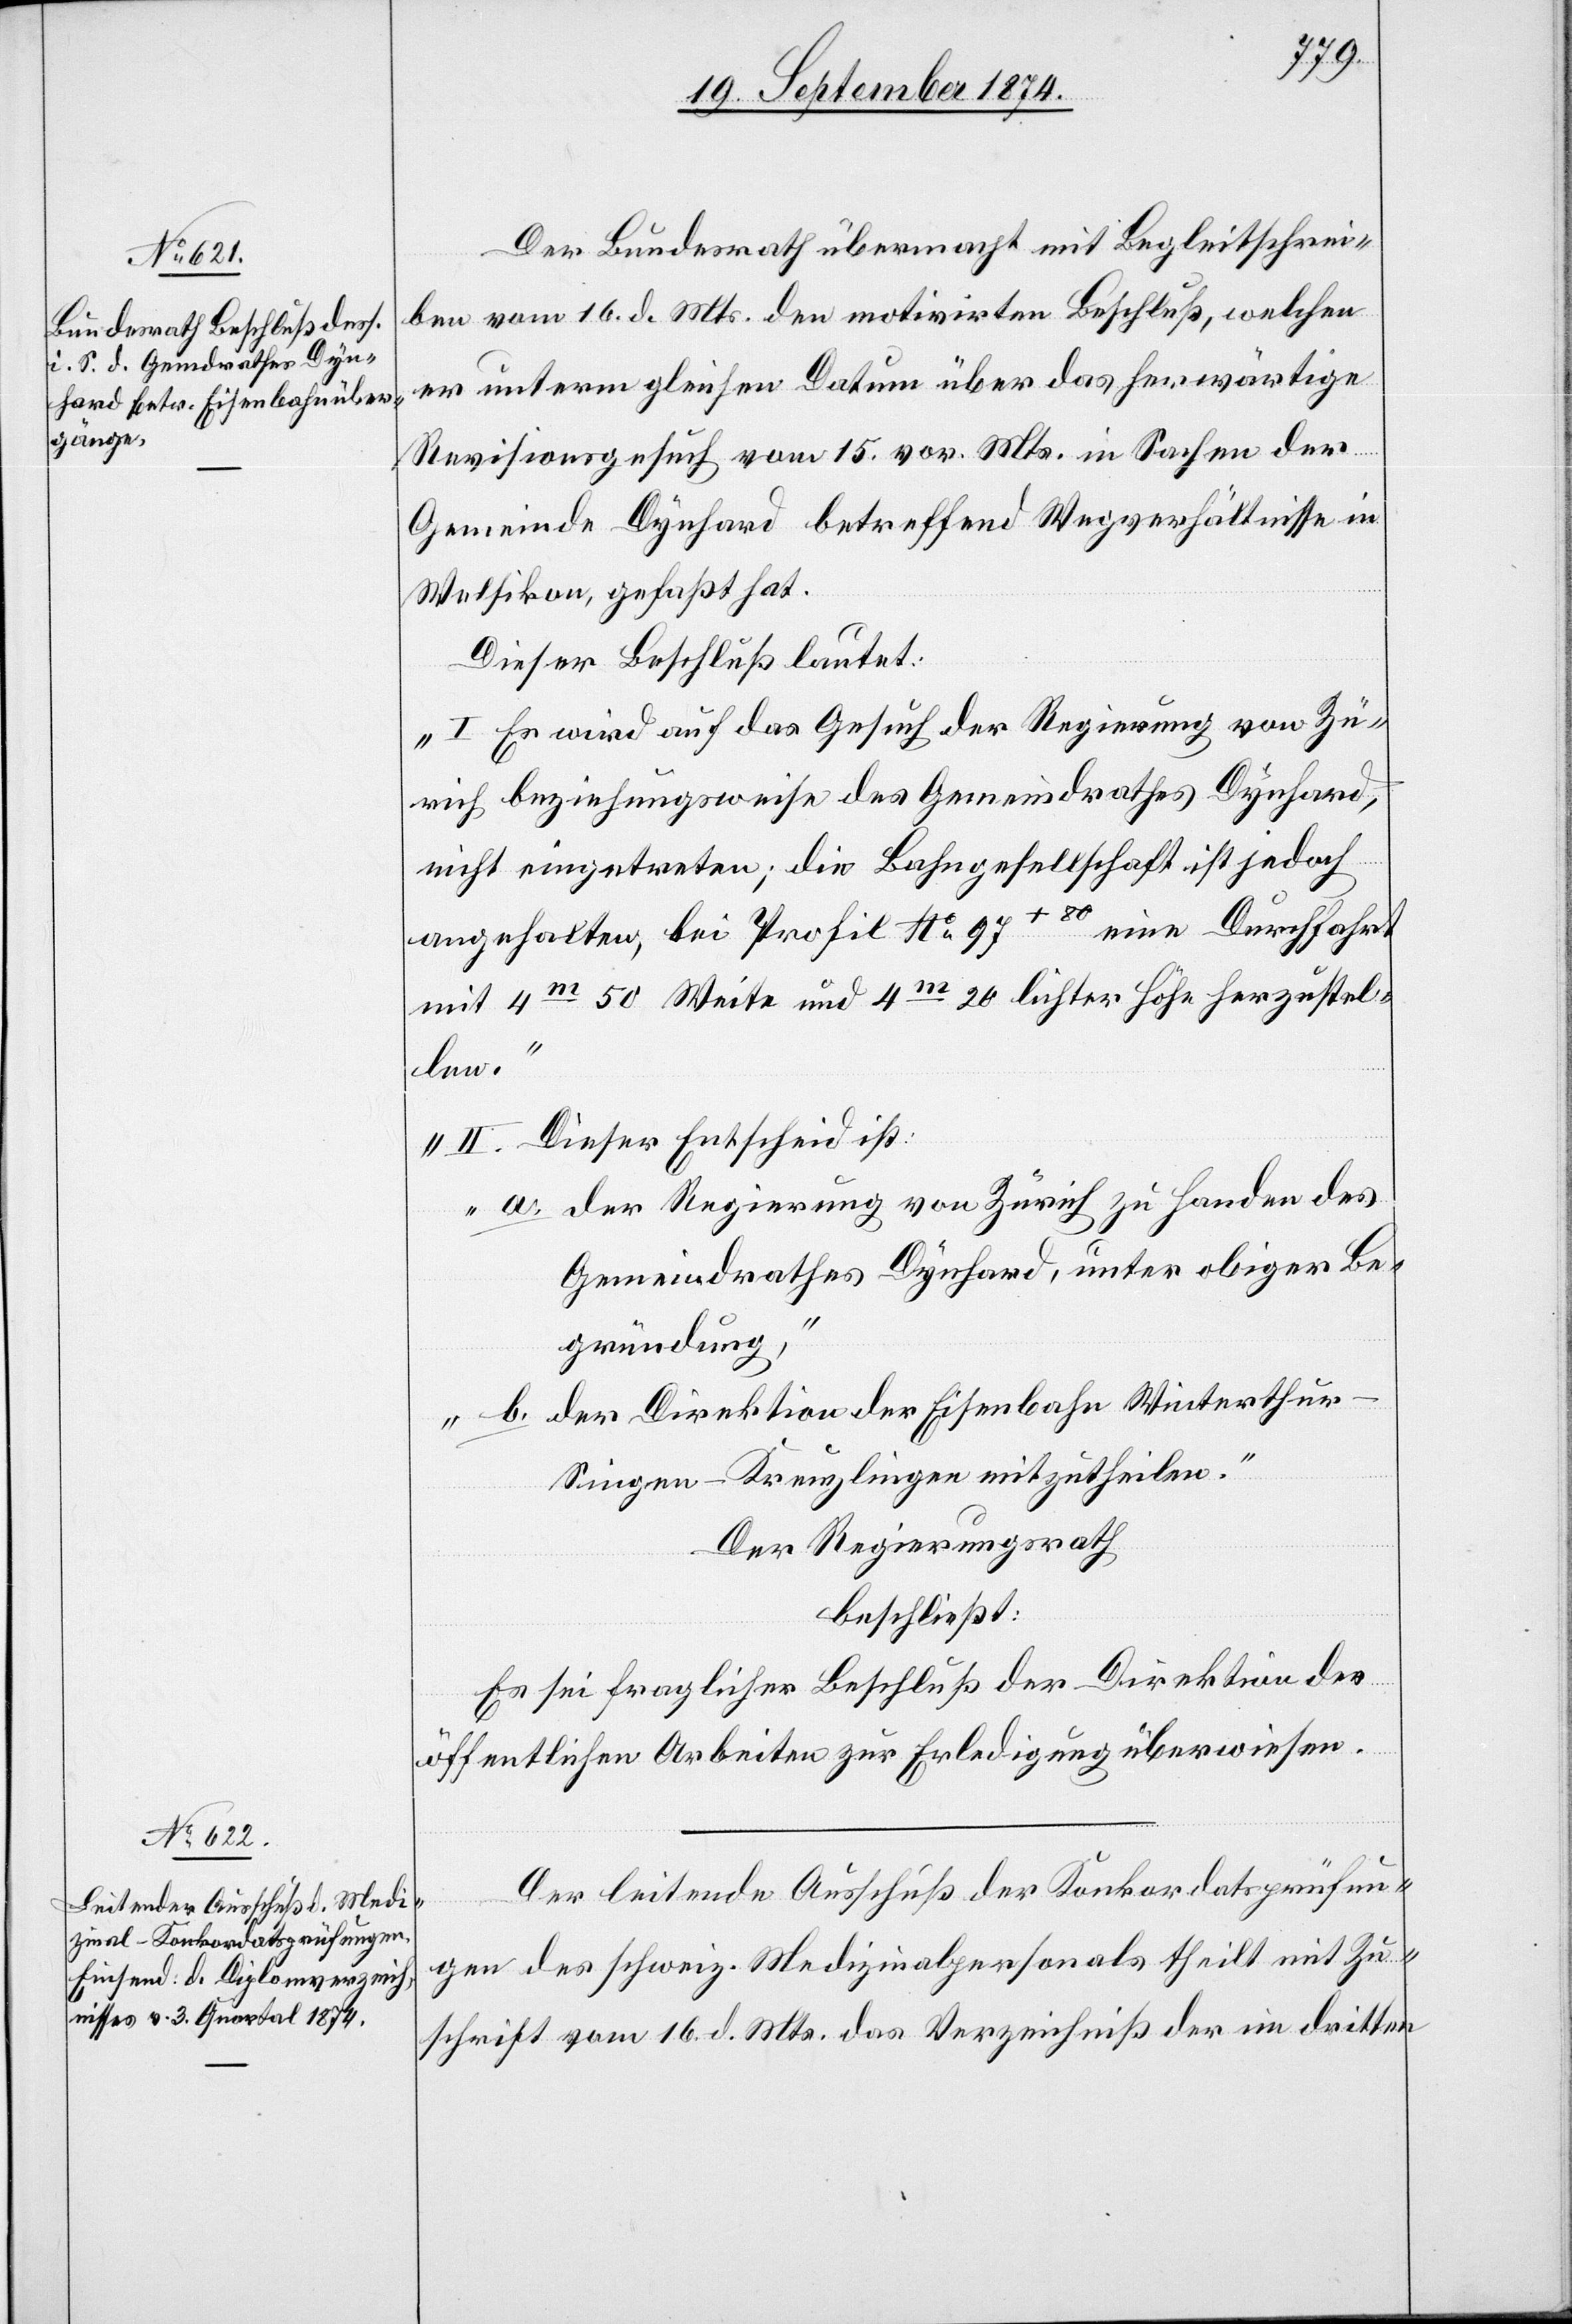
Der Bundesrath übermacht mit Begleitschrei¬
ben vom 16. d. Mts. den motivirten Beschluß, welchen
er unterm gleichen Datum über das herwärtige
Revisionsgesuch vom 15. vor. Mts. in Sachen der
Gemeinde Dynhard betreffend Wegverhältnisse in
Welsikon, gefaßt hat.
Dieser Beschluß lautet:
„I. Es wird auf das Gesuch der Regierung von Zü¬
rich beziehungsweise des Gemeindrathes Dynhard,
nicht eingetreten; die Bahngesellschaft ist jedoch
angehalten, bei Profil No 97 + 80 eine Durchfahrt
mit 4m 50 Weite und 4m 20 lichter Höhe herzustel¬
len.
II. Dieser Entscheid ist:
a. der Regierung von Zürich zu Handen des
Gemeindrathes Dynhard, unter obiger Be¬
gründung,
b. der Direktion der Eisenbahn Winterthu¬
r–Singen–Kreuzlingen mitzutheilen.“
Der Regierungsrath
beschließt:
Es sei fraglicher Beschluß der Direktion der
öffentlichen Arbeiten zur Erledigung überwiesen.
Der leitende Ausschuß der Konkordatsprüfun¬
gen des schweiz. Medizinalpersonals theilt mit Zu¬
schrift vom 16. d. Mts. das Verzeichniß der im dritten